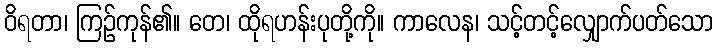
ဝိရတာ၊ ကြဉ်ကုန်၏။ တေ၊ ထိုရဟန်းပုတို့ကို။ ကာလေန၊ သင့်တင့်လျှောက်ပတ်သော